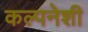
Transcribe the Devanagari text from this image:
कल्पनेशी